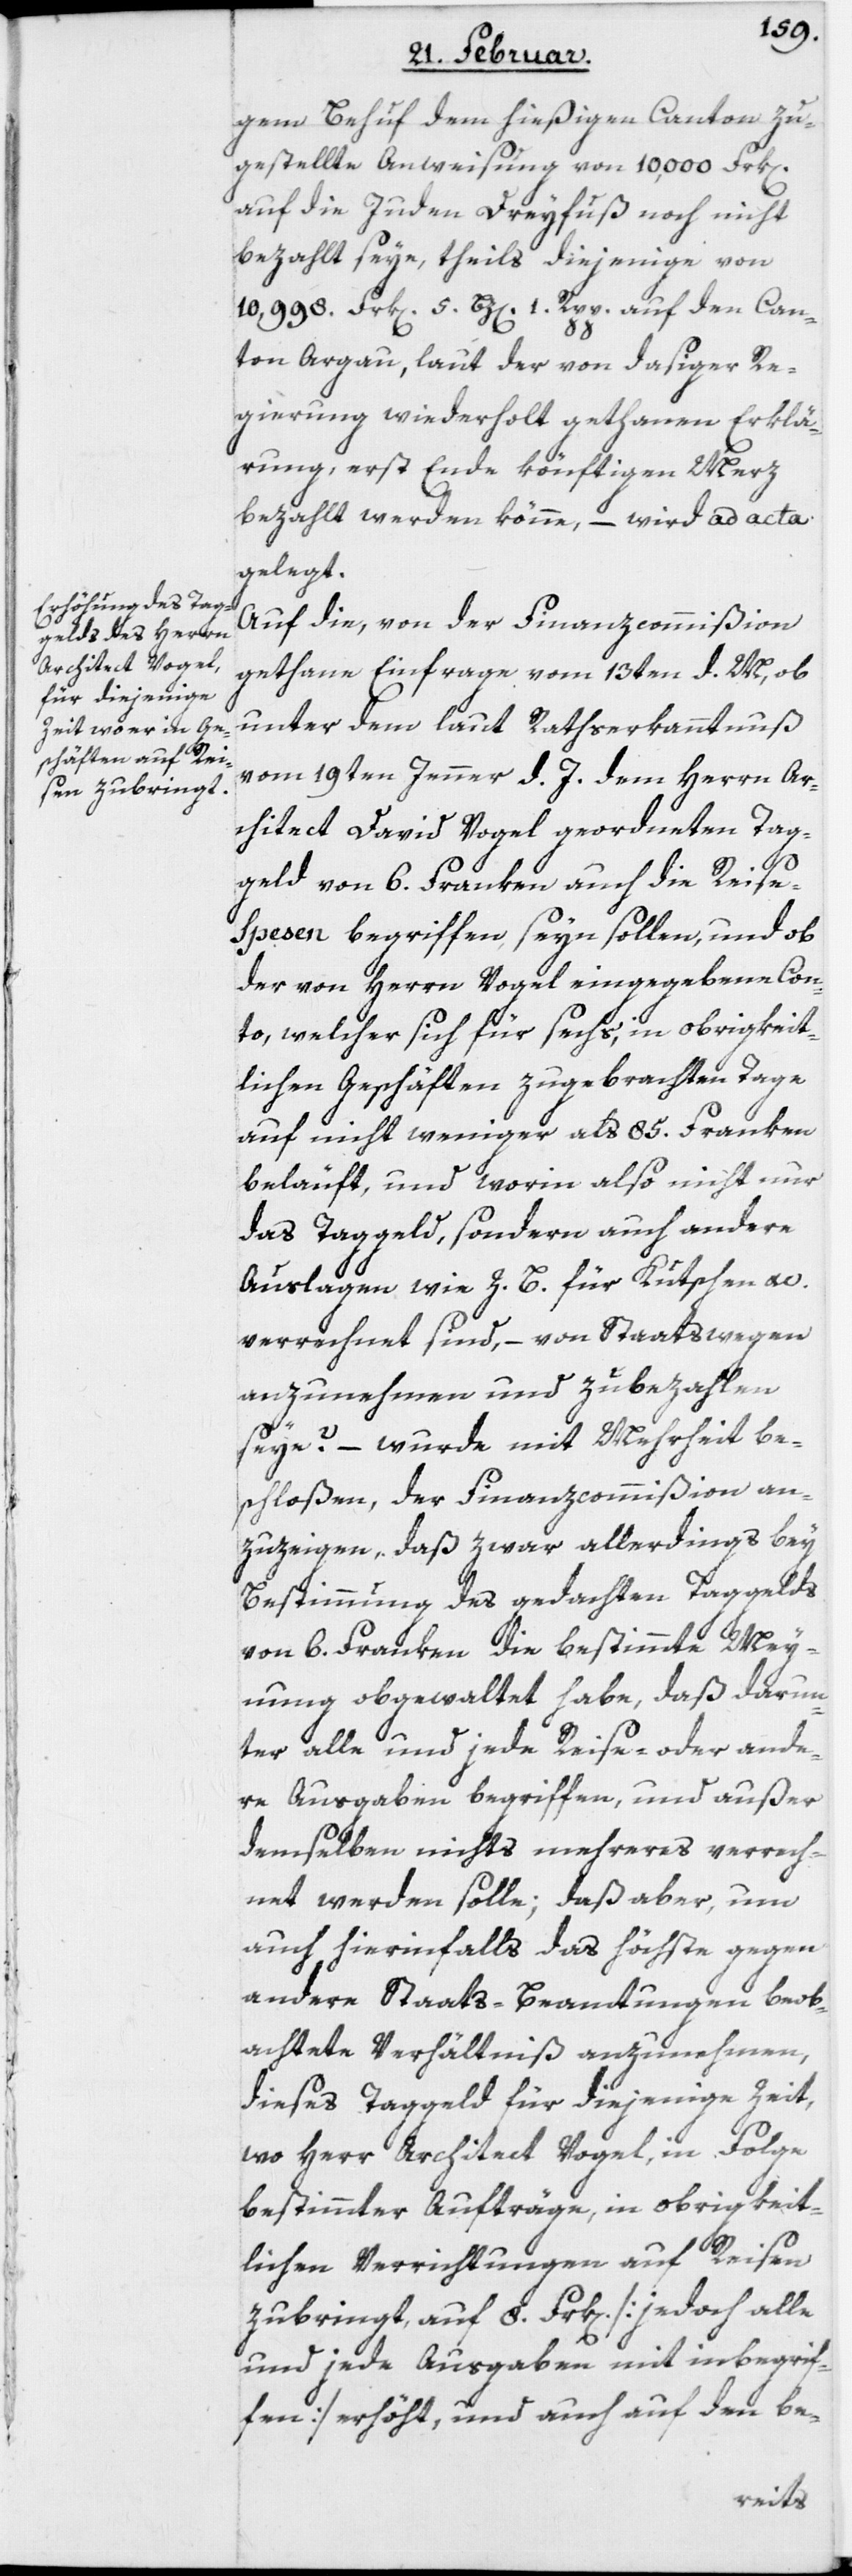
gem Behuf dem hießigen Canton zu¬
gestellte Anweisung von 10,000 Frk[en].
auf die Juden Dreyfuß noch nicht
bezahlt seye, theils diejenige von
10,998. Frk[en]. 5. Bz[en]. 1. Rpp. auf den Can¬
ton Argau, laut der von dasiger Re¬
gierung wiederholt gethanen Erklä¬
rung, erst Ende könftigen Merz
bezahlt werden könne, – wird ad acta
gelegt.
Auf die, von der Finanzcommißion
gethane Einfrage vom 13ten d. M, ob
unter dem laut Rathserkanntnuß
vom 19ten Jenner d. J. dem Herrn Ar¬
chitect David Vogel geordneten Tag¬
geld von 6. Franken auch die Reise-S¬
pesen begriffen seyn sollen, und ob
der von Herrn Vogel eingegebene Con¬
to, welcher sich für sechs, in obrigkeit¬
lichen Geschäften zugebrachten Tage
auf nicht weniger als 85. Franken
beläuft, und worin also nicht nur
das Taggeld, sondern auch andere
Auslagen wie z. B. für Kutschen etc.
verrechnet sind, – von Staatswegen
anzunehmen und zu bezahlen
seye? – wurde mit Mehrheit be¬
schloßen, der Finanzcommißion an¬
zuzeigen, daß zwar allerdings bey
Bestimmung des gedachten Taggelds
von 6. Franken die bestimmte Mey¬
nung obgewaltet habe, daß darun¬
ter alle und jede Reise- oder ande¬
re Ausgaben begriffen, und außer
demselben nichts mehreres verrech¬
net werden solle; daß aber, um
auch hierinfalls das höchste gegen
andere Staats-Beamtungen beob¬
achtete Verhältniß anzunehmen,
dieses Taggeld für diejenige Zeit,
wo Herr Architect Vogel, in Folge
bestimmter Aufträge, in obrigkeit¬
lichen Verrichtungen auf Reisen
zubringt, auf 8. Frk[en] [jedoch alle
und jede Ausgaben mit inbegrif¬
fen] erhöht, und auch auf den be-